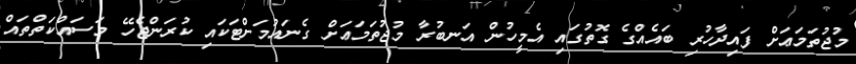
މުޖުތަމަޢަށް ފައިދާހުރި ބައެއްގެ ގޮތުގައި އެމީހުން އަނބުރާ މުޖުތަމަޢަށް ގެނައުމަށްޓަކައި ކުރަންޖެހޭ މަސައްކަތްތައް